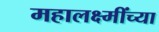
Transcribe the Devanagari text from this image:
महालक्ष्मींच्या